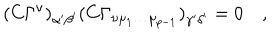
LaTeX: ( C \Gamma ^ { \nu } ) _ { \alpha ^ { \prime } \beta ^ { \prime } } ( C \Gamma _ { \nu \mu _ { 1 } \dots \mu _ { p - 1 } } ) _ { \gamma ^ { \prime } \delta ^ { \prime } } = 0 \quad ,